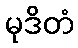
မုဒိတံ